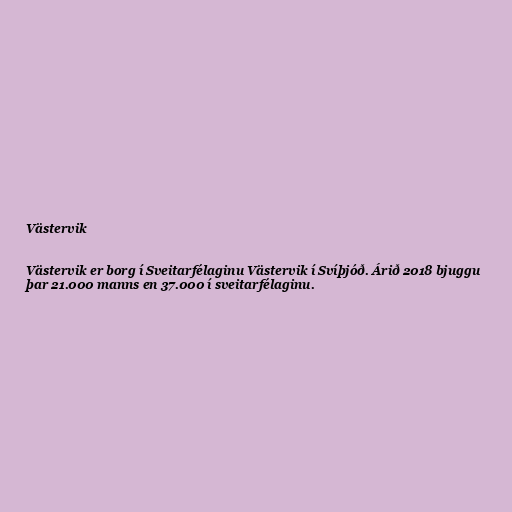
Västervik

Västervik er borg í Sveitarfélaginu Västervik í Svíþjóð. Árið 2018 bjuggu
þar 21.000 manns en 37.000 í sveitarfélaginu.